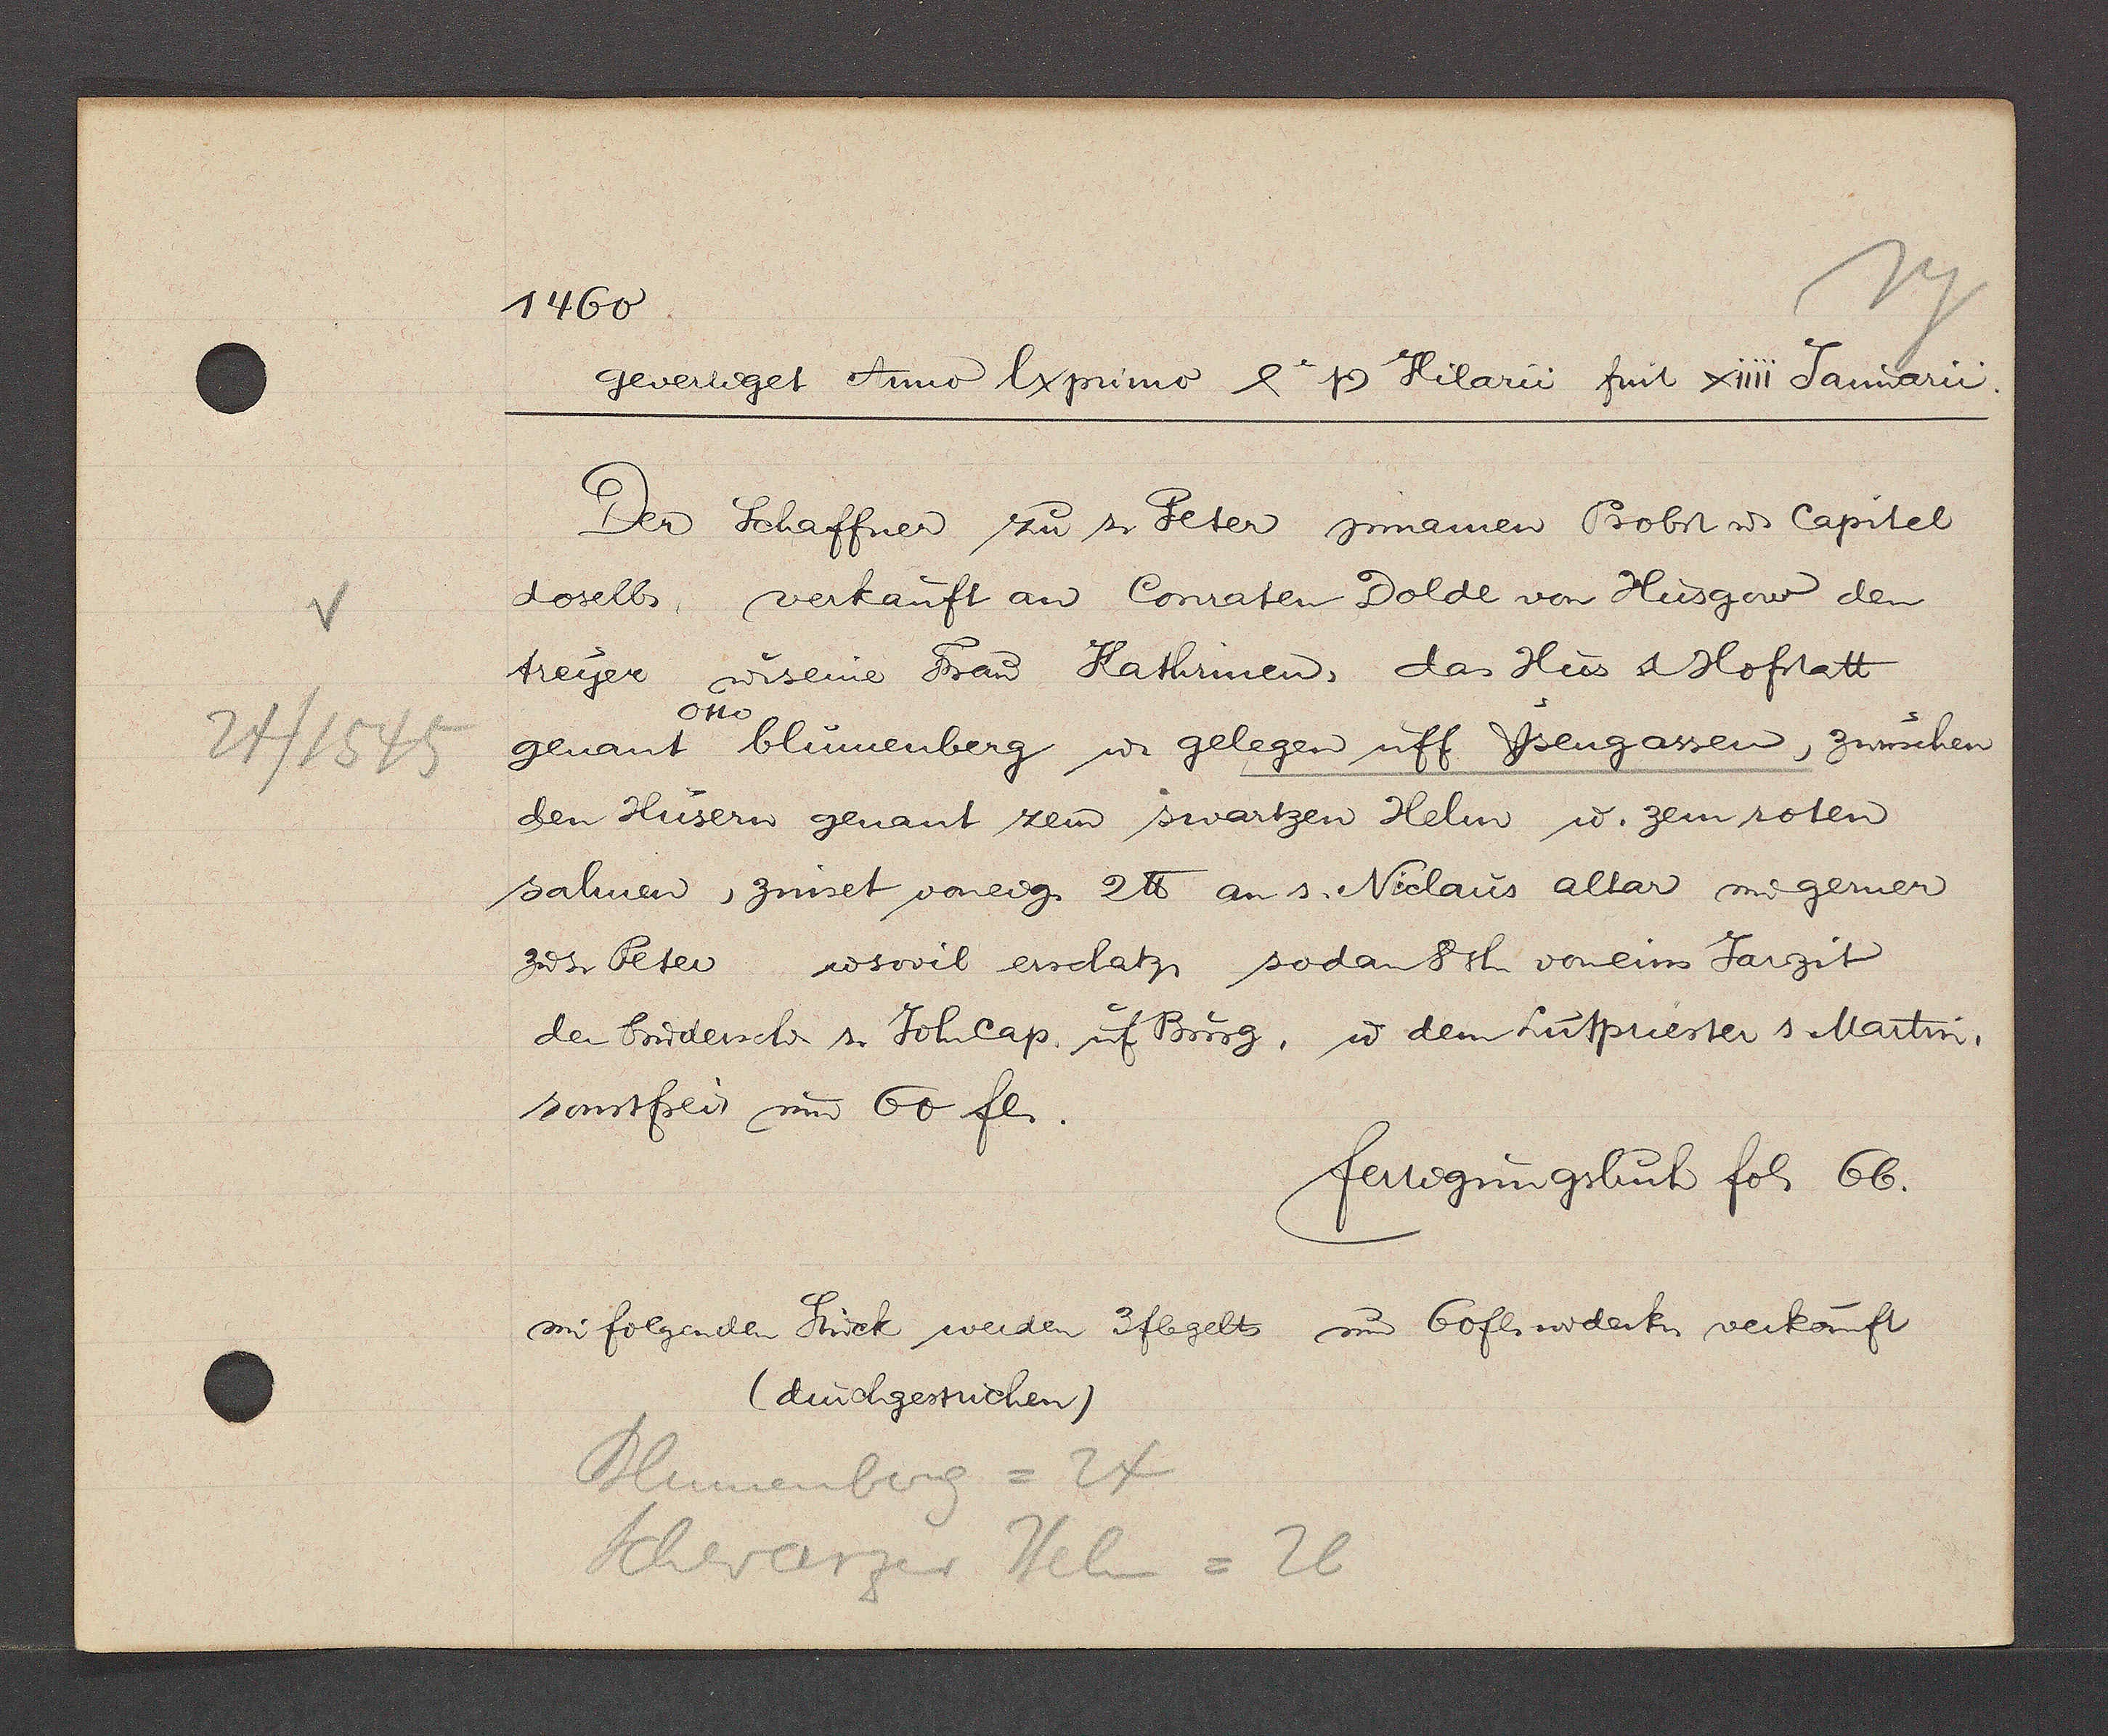
Transcript:
24/1545

1460
gevertiget Anno lx primo 1er Ƿ Hilarii fuit xiiii Januarii.
Der Schaffner zu s. Peter jnnamen Probst ư Capitel
doselbs, verkauft an Conraten Dolde von Husgow den
treyer ư seine Frau Kathrinen das Hus & Hofstatt
Otto
genant blumenberg ư gelegen uff Ysengassen, zwuschen
den Husern genant zem swartzen Helin ư. zem roten
salmen, zinset voneig. 2℔ an s. Niclaus altar und gerner
zư s. Peter ư sovil erschatz. sodan8sh voneins Jarzit
der brudersch. s. Johcap. uf Burg, ư dem Lutpriester s Martin.
sonstfrei um 60 fl.
fertigungsbuch fol. 66.
im folgenden Stück werden 3fl gelts um 60 f. widerk. verkauft
(durchgestrichen)
Blumenberg = 24
Schwarzer Heml =26